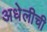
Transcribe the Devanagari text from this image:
अधेलीची